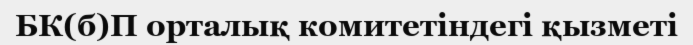
БК(б)П орталық комитетіндегі қызметі